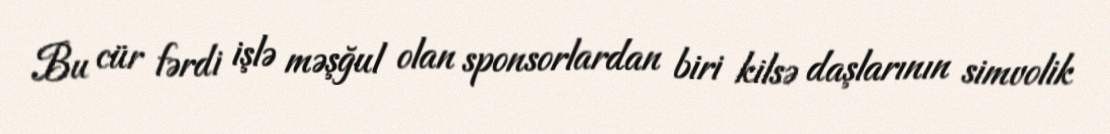
Bu cür fərdi işlə məşğul olan sponsorlardan biri kilsə daşlarının simvolik